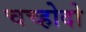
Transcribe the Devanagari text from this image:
चच्होदो